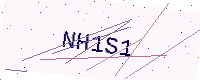
Text: NH1S1